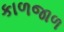
કાળજાળ